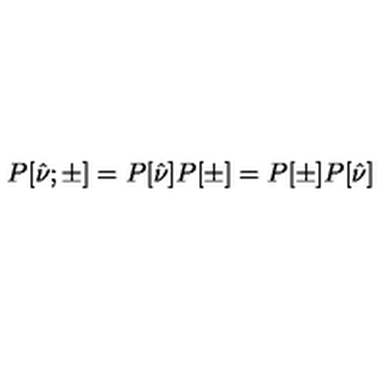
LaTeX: P [ \hat { \nu } ; \pm ] = P [ \hat { \nu } ] P [ \pm ] = P [ \pm ] P [ \hat { \nu } ]